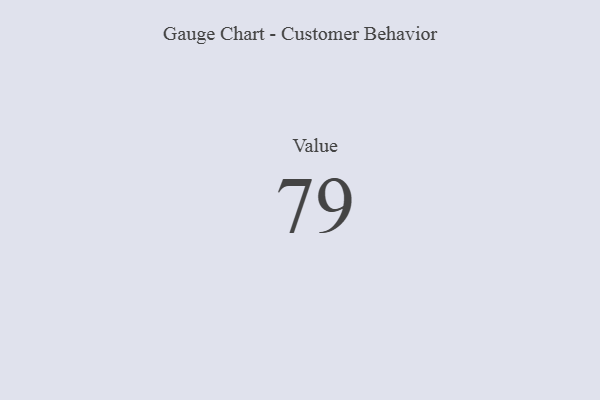
{"axis": {"x": "Metric", "y": "Value"}, "legend": [""], "data": [{"x": "Value", "y": 79, "type": ""}]}